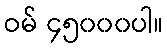
ဝမ် ၄၅၀၀၀ပါ။